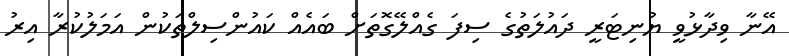
އޭނާ ވިދާޅުވީ ޔުނިޓަރީ ދައުލަތުގެ ސިފަ ގެއްލޭގޮތަށް ބައެއް ކައުންސިލްތަކުން އަމަލުކުރާ އިރު